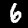
Digit: 6